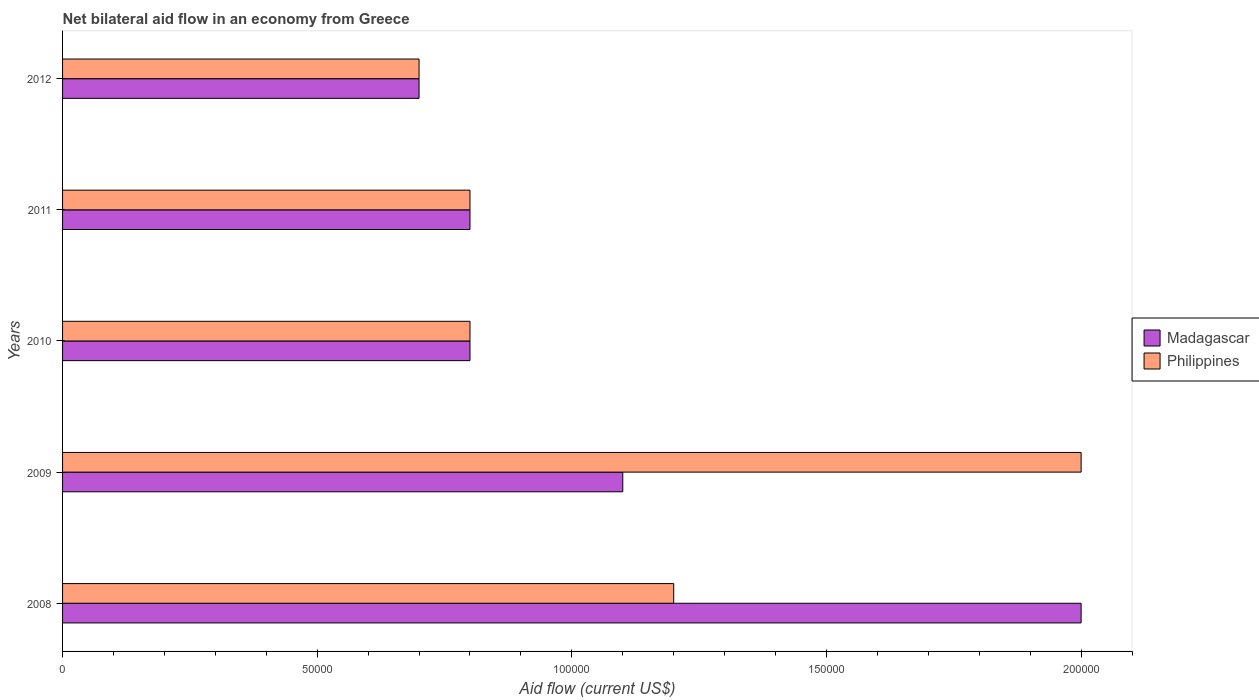
| Years | Madagascar | Philippines |
 | --- | --- | --- |
 | 2008 | 2e+05 | 1.2e+05 |
 | 2009 | 1.1e+05 | 2e+05 |
 | 2010 | 8e+04 | 8e+04 |
 | 2011 | 8e+04 | 8e+04 |
 | 2012 | 7e+04 | 7e+04 |